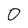
Character: 0